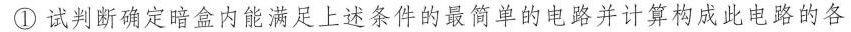
①试判断确定暗盒内能满足上述条件的最简单的电路并计算构成此电路的各